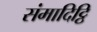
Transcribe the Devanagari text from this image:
संमादिट्ठि